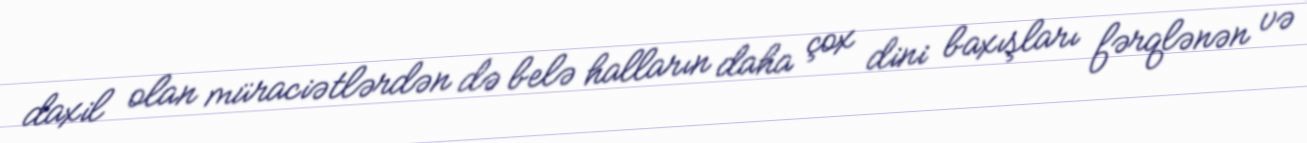
daxil olan müraciətlərdən də belə halların daha çox dini baxışları fərqlənən və